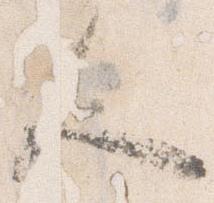
人